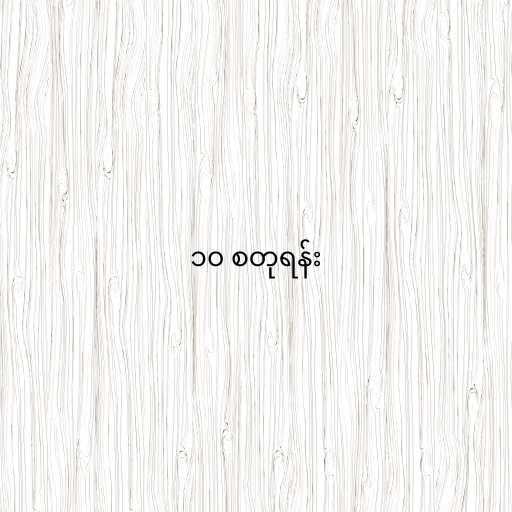
၁၀ စတုရန်း